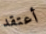
أعتقد